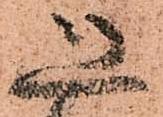
恐